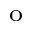
^ \mathrm { o }